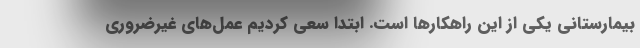
بیمارستانی یکی از این راهکارها است. ابتدا سعی کردیم عمل‌های غیرضروری